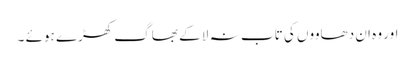
اور وہ ان دھاووں کی تاب نہ لا کے بھاگ کھڑے ہوئے ۔